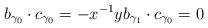
LaTeX: \begin{align*} b_{\gamma_0} \cdot c_{\gamma_0}= -x^{-1}y b_{\gamma_1} \cdot c_{\gamma_0} =0 \end{align*}